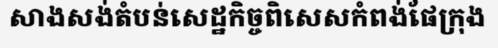
សាងសង់តំបន់សេដ្ឋកិច្ចពិសេសកំពង់ផែក្រុង